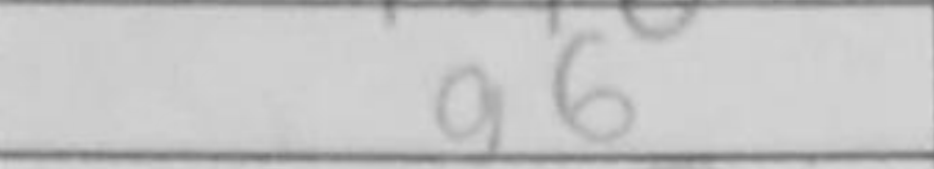
Transcription: g6